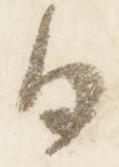
日